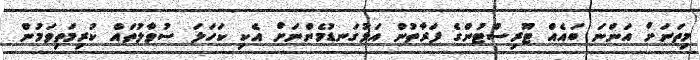
މިތަނަށް އަންނަ ބައެއް ޓޫރިސްޓުންގެ ފަރާތުން އަޅުގަނޑުމެންނަށް އެކި ކަހަލަ ސުވާލުތައް ކުރިމަތިވަމުން